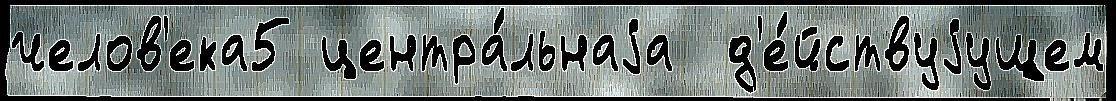
челов'ека5 центра́льнаjа  д'е́йствуjущем